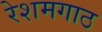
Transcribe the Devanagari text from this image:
रेशमगाठ